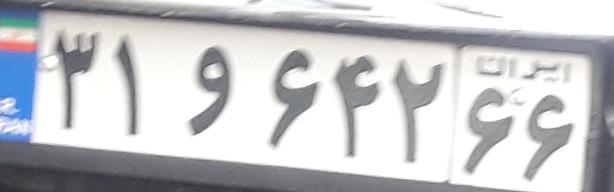
۳۱و۶۴۲۶۶